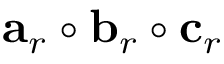
\mathbf { a } _ { r } \circ \mathbf { b } _ { r } \circ \mathbf { c } _ { r }